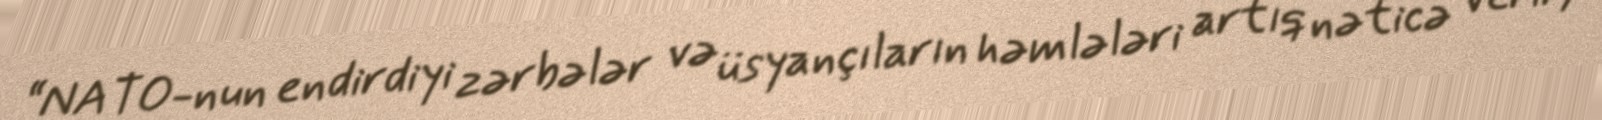
“NATO-nun endirdiyi zərbələr və üsyançıların həmlələri artıq nəticə verir,